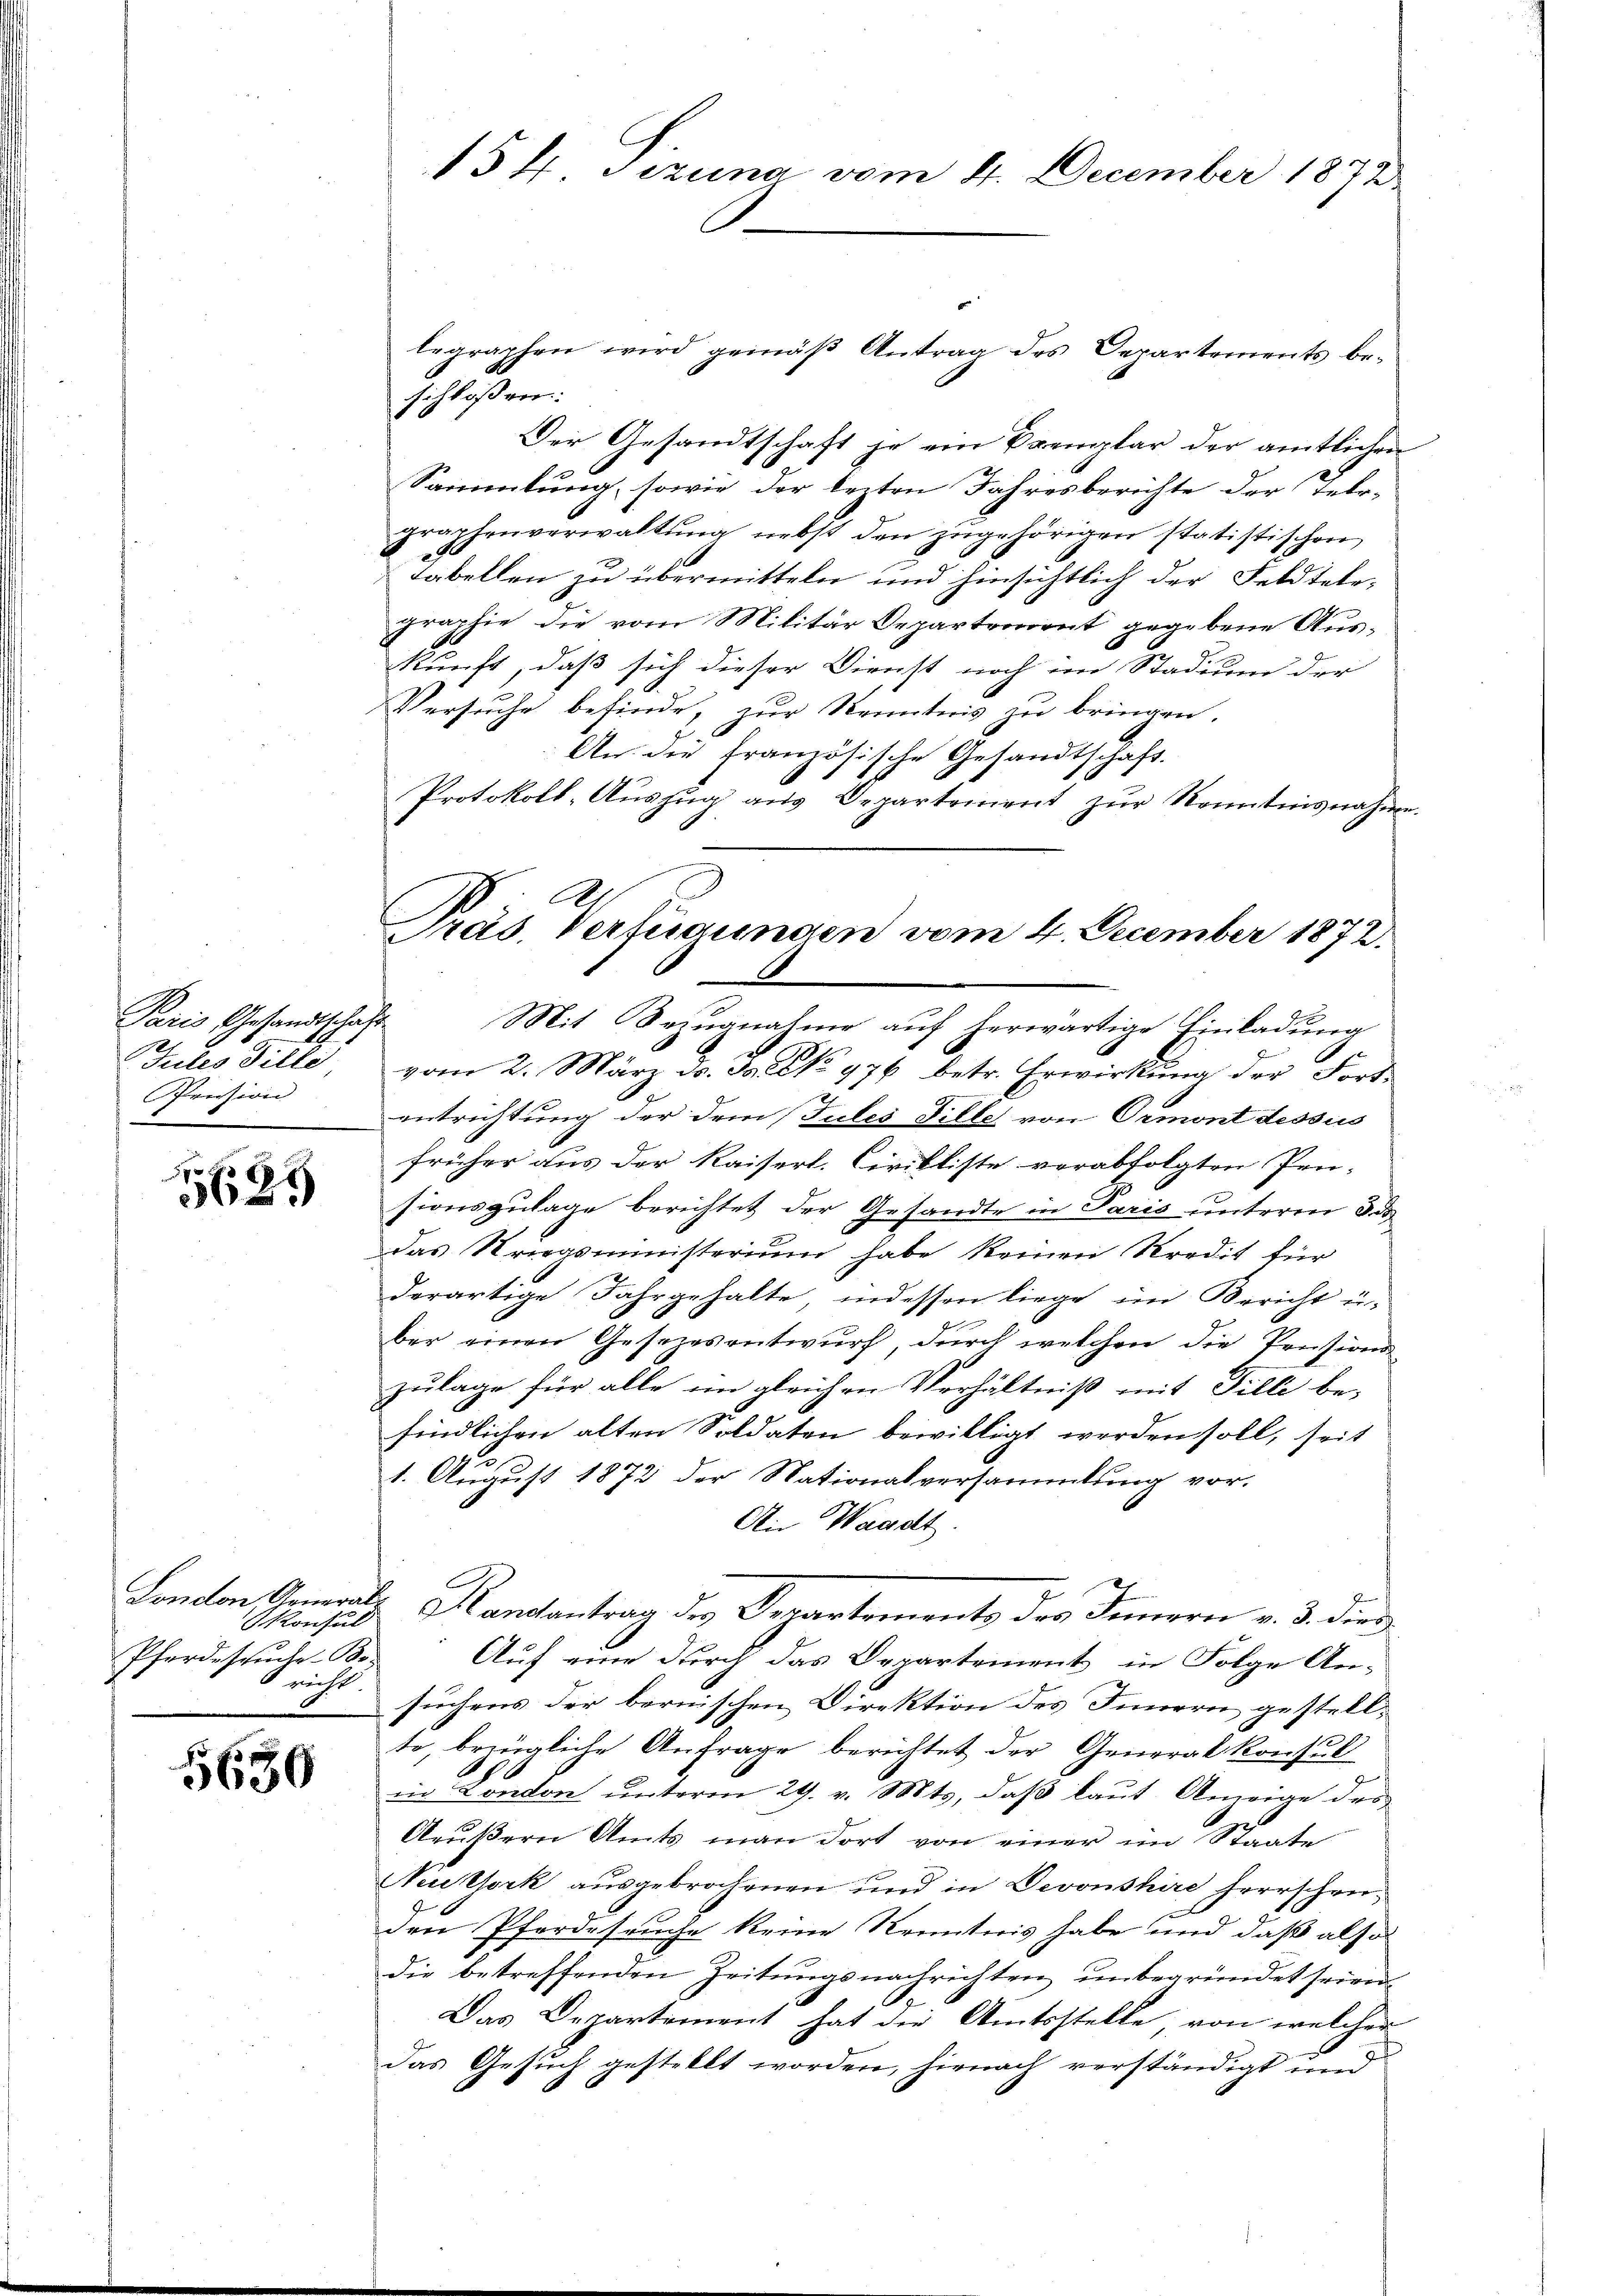
Paris Gesandtschaft
Jules Tille,
Pression

5625

konsul
Pferdessuche Bo-
 richt.

5630

legraphen wird gemäβ Antrag des Departements be-
schlossen:
Der Gesandtschaft je ein Exemplar der amtlichen
Sammlung, sowie der leiten Jahresberichte der Tele-
graphenverwaltŭng nebst den zŭgehörigen statistischen
Fabellen zu übermitteln und hinsichtlich der Feldtete,
graphie die vom Militär Departement gegebene Aŭs-
kunft, daß sich dieser Dienst noch im Stadium der
Versuche befinde, zur Kenntnis zu bringen.
An die Französische Gesandtschaft.
Protokoll-Aŭszŭg aŭs Departement zŭr Kenntnisnahme.
Mit Bezugnatine auf herwärtige Einladung
vom 2. März ds. Ja.  976 betr. Erwirkung der Fortentrichtung der dem Tules Fille von Ormont dessus
früher aus der Kaiserl. Cirikliste verabfolgten Prü-
sionszulage berichtet der Gesandte in Paris unterm 3 d
das Kriegsministerium habe keinen Kredit für
derartige Jahrgehalte, indessen liege im Bericht u.
ber einen Gesetzesentwurf, durch welchen die Pensions
zulage für alle ein gleichen Verhältniß mit Fille be-
findlichen alten Soldaten bewilligt werden soll, seit
1. August 1872 der Nationalversammlung vor.
An Waadt.
Lonalen Gemals Mandantrag des Departemente des Innern v. 3. dies
Auf eine durch das Departement in Folge An-
suchens der bernischen Direktion des Innern gestellte, bezügliche Anfrage berichtet der Generalkonsul
in London unterm 29. v. Mts, daß laut Anzeige des
Aeŭβern Amts man dort von einer im Staate
Nisork ausgebrochenen und in Devonshire herrschen,
den Pferdeseuche keine Kenntnis habe und daß also
die betreffenden Zeitungsnachrichten unbegründet seien.
Das Departement hat die Amtsstelle, von welcher
das Gesuch gestellt worden, hienach verständigt und

154. Jezuna vom 4. December 1872

Präs. Verfügungen vom 4. December 1872.